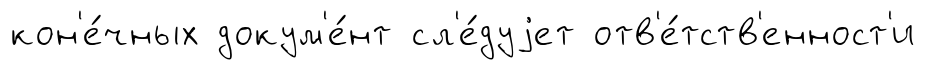
кон'е́чных докум'е́нт сл'е́дуjет отв'е́тств'енност'и